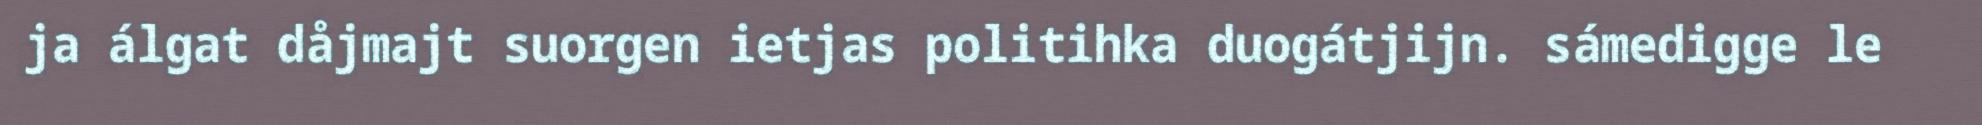
ja álgat dåjmajt suorgen ietjas politihka duogátjijn. sámedigge le